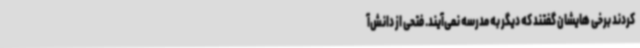
کردند برخی هایشان گفتند که دیگر به مدرسه نمی‌آیند. فتحی از دانش‌آ